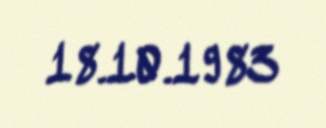
18.10.1983